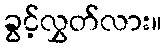
ခွင့်လွှတ်လား။